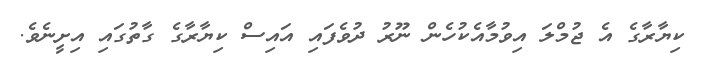
ކިޔާރާގެ އެ ޖުމްލަ އިވުމާއެކުހެން ނޫރު ދުވެފައި އައިސް ކިޔާރާގެ ގާތުގައި އިށީނެވެ.